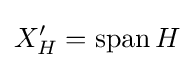
X_{H}^{\prime }=\operatorname {span} H